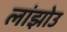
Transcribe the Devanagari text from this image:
लांझोउ